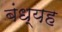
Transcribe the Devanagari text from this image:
बंध्यह